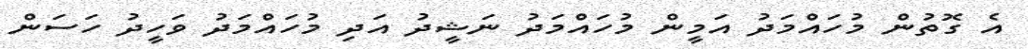
އެ ގޮތުން މުހައްމަދު އަމީން މުހައްމަދު ނަޝީދު އަދި މުހައްމަދު ވަހީދު ހަސަން